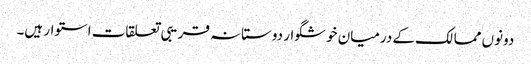
دونوں ممالک کے درمیان خوشگوار دوستانہ قریبی تعلقات استوار ہیں۔